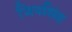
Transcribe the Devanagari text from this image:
जिनसिंह